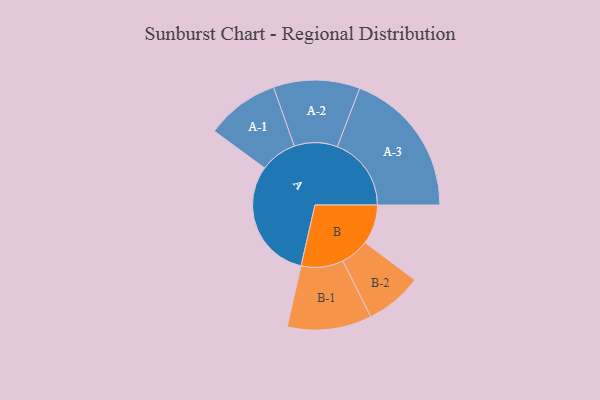
{"axis": {"x": "Segment", "y": "Value"}, "legend": ["", "A", "B"], "data": [{"x": "A", "y": 486, "type": ""}, {"x": "B", "y": 158, "type": ""}, {"x": "A-1", "y": 147, "type": "A"}, {"x": "A-2", "y": 173, "type": "A"}, {"x": "A-3", "y": 296, "type": "A"}, {"x": "B-1", "y": 169, "type": "B"}, {"x": "B-2", "y": 114, "type": "B"}]}